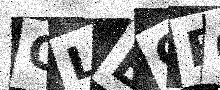
Text: CLBGBO